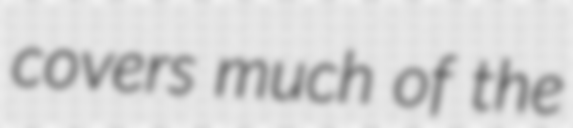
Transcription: covers much of the